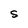
Character: S